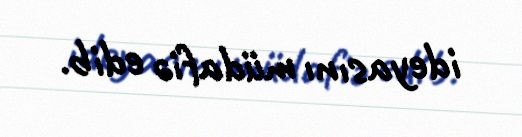
ideyasını müdafiə edib.